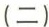
(二)